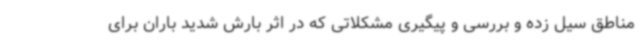
مناطق سیل زده و بررسی و پیگیری مشکلاتی که در اثر بارش شدید باران برای